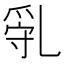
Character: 𠃿